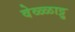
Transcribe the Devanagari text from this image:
वेळ्ळाट्टु